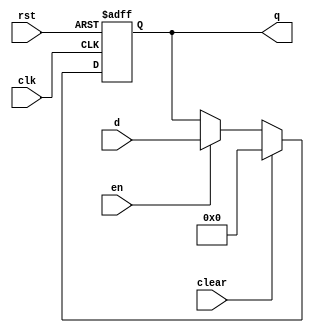
`timescale 1ns / 1ps
//////////////////////////////////////////////////////////////////////////////////
// Company: 
// Engineer: 
// 
// Design Name: 
// Module Name: floprc
// Project Name: 
// Target Devices: 
// Tool Versions: 
// Description: 
// 
// Dependencies: 
// 
// Revision:
// Revision 0.01 - File Created
// Additional Comments:
// 
//////////////////////////////////////////////////////////////////////////////////


module floprc #(parameter WIDTH = 8)(
    input wire clk, rst, en, clear,
    input wire [WIDTH-1:0] d,
    output reg[WIDTH-1:0] q
    );
    
    always @(posedge clk, posedge rst) begin
        if(rst) begin
            q <= 0;
        end else if(clear) begin
            q <= 0;
        end else if(en)begin
            q <= d;
        end
        
    end
endmodule